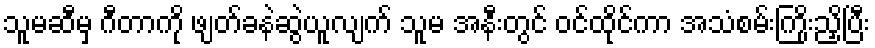
သူမဆီမှ ဂီတာကို ဖျတ်ခနဲဆွဲယူလျက် သူမ အနီးတွင် ဝင်ထိုင်ကာ အသံစမ်းကြိုးညှိပြီး